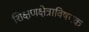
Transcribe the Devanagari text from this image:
शिक्षणक्षेत्राविषयक